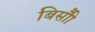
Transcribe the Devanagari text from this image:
बिसौी